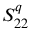
S _ { 2 2 } ^ { q }